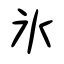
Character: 氷